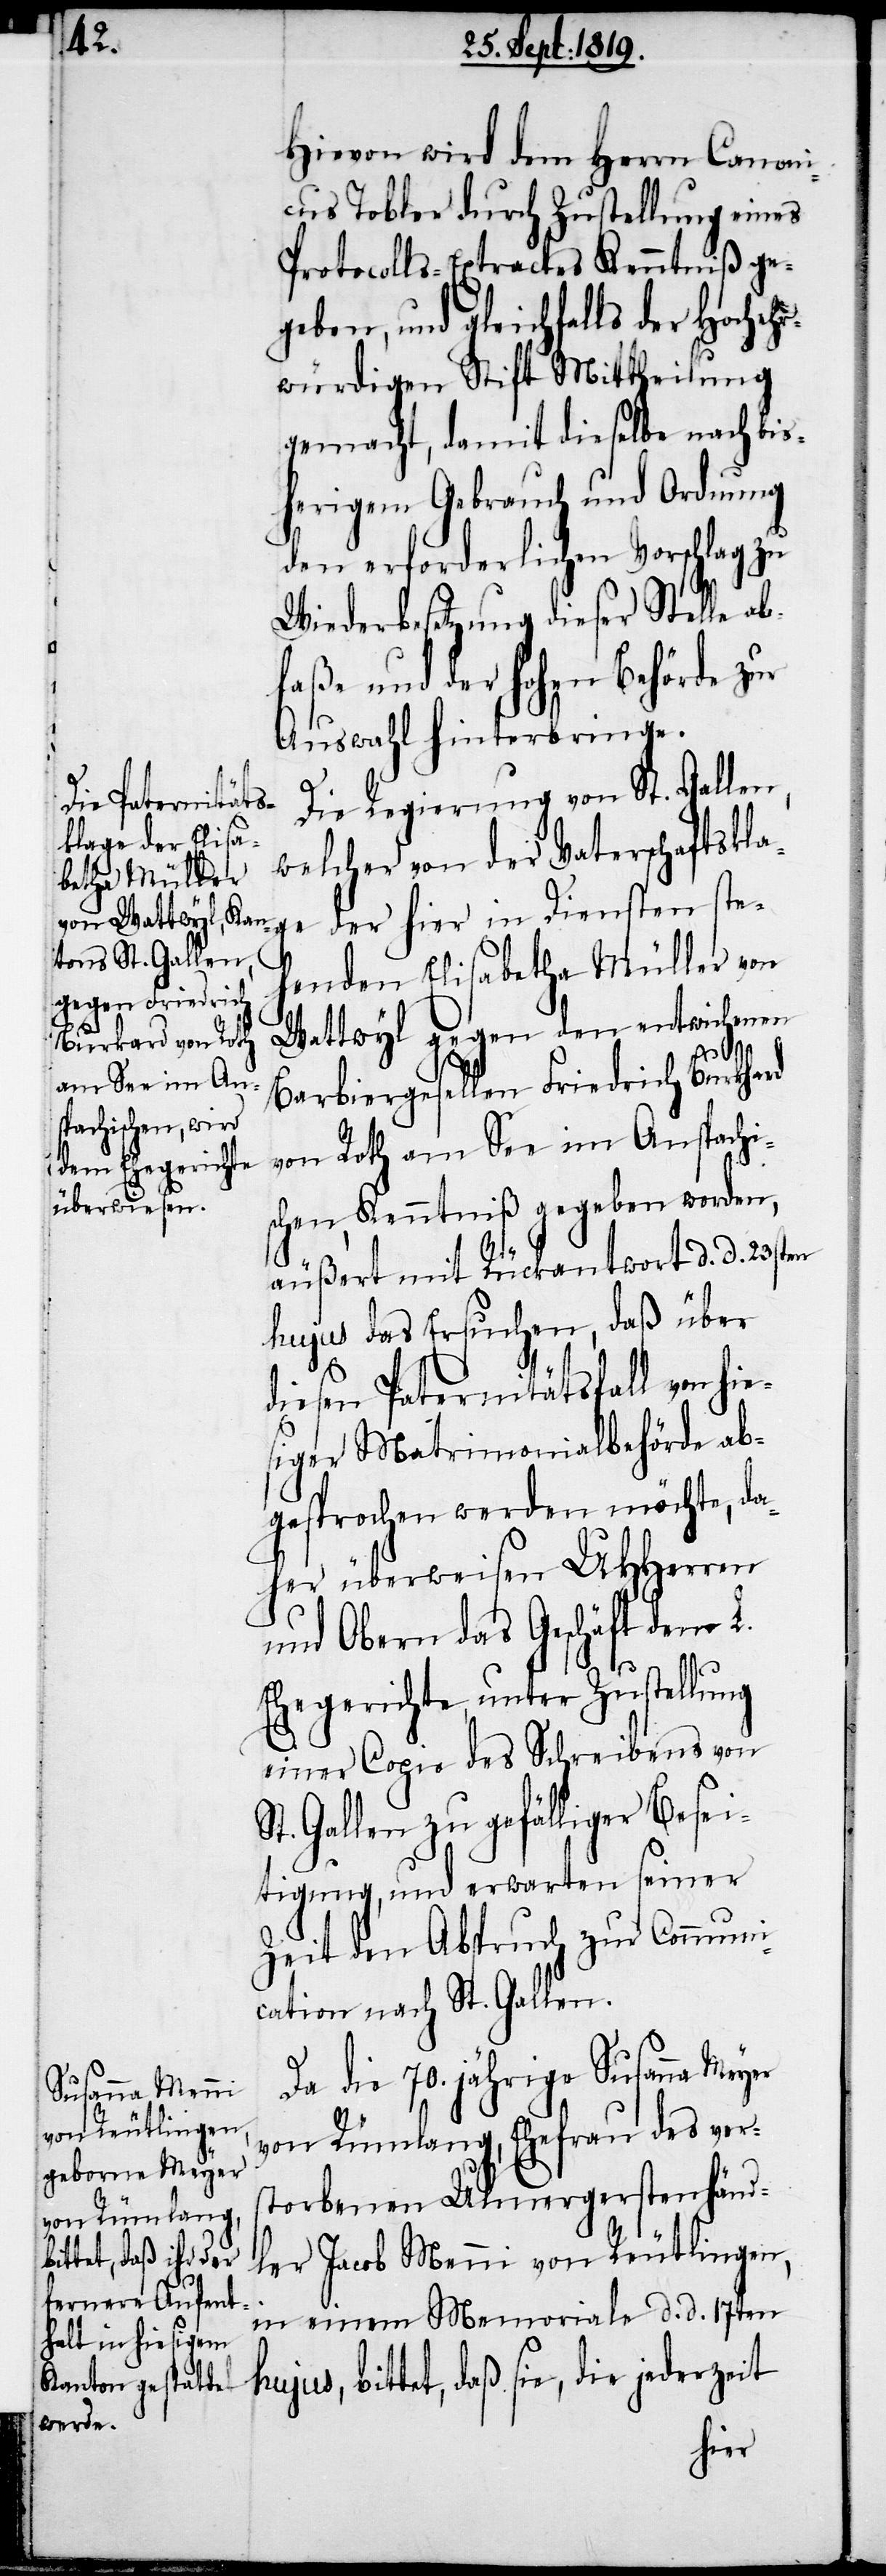
Hievon wird dem Herrn Canoni¬
cus Tobler durch Zustellung eines
Protocolls-Extractes Kenntniß ge¬
geben, und gleichfalls der Hochehr¬
würdigen Stift Mittheilung
gemacht, damit dieselbe nach bis¬
herigem Gebrauch und Ordnung
den erforderlichen Vorschlag zu
Wiederbesetzung dieser Stelle ab¬
faße und der hohen Behörde zur
Auswahl hinterbringe.
Die Regierung von St. Gallen,
welcher von der Vaterschaftskla¬
ge der hier in Diensten ste¬
henden Elisabetha Müller von
Wattwyl gegen den entwichenen
h¬
Barbiergesellen Friedrich Burkhard
von Roth am See im Anspachi¬
schen, Kenntniß gegeben worden,
äußert mit Rückantwort d. d. 20sten
hujus das Ersuchen, daß über
diesen Paternitätsfall von hie¬
siger Matrimonialbehörde ab¬
gesprochen werden möchte, da¬
her überweisen UHHerren
und Obern das Geschäft dem L.
Ehegerichte, unter Zustellung
einer Copie des Schreibens von
t. Gallen zu gefälliger Besei¬
tigung, und erwarten seiner
Zeit den Abspruch zur Communi¬
cation nach St. Gallen.
Da die 70. jährige Susanna
von Rümlang, Ehefrau des ver¬
storbenen Ulmergerstenhänd¬
ler Jacob Menni von Reutlingen,
in einem Memoriale d. d. 17ten
ujus, bittet, daß sie, die jederzeit